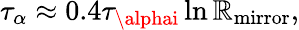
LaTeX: \tau_{\alpha}\approx0.4\tau_{\alphai}\ln\mathbb{R}_{\mathrm{{mirror}}},